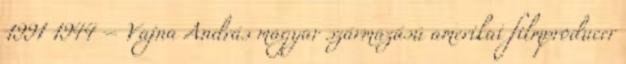
1991 1944 – Vajna András magyar származású amerikai filmproducer